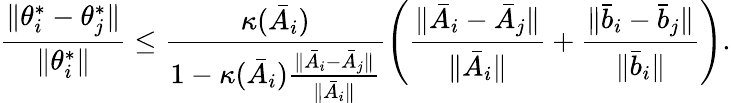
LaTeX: \frac{\lVert\theta_{i}^{*}-\theta_{j}^{*}\rVert}{\lVert\theta_{i}^{*}\rVert}\le\frac{\kappa(\bar{A}_{i})}{1-\kappa(\bar{A}_{i})\frac{\lVert\bar{A}_{i}-\bar{A}_{j}\rVert}{\lVert\bar{A}_{i}\rVert}}\left(\frac{\lVert\bar{A}_{i}-\bar{A}_{j}\rVert}{\lVert\bar{A}_{i}\rVert}+\frac{\lVert\bar{b}_{i}-\bar{b}_{j}\rVert}{\lVert\bar{b}_{i}\rVert}\right).